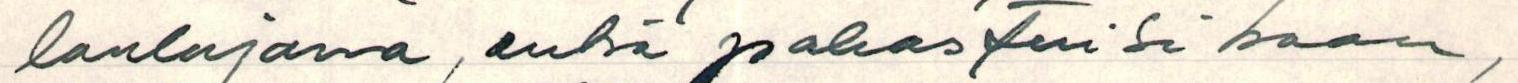
laulajana, enkä pahastuisikaan,